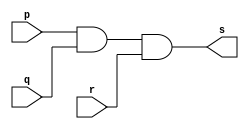
// ------------------------- 
// Exercicio0008 - AND
// Nome: Guilherme Moreira Nunes 
// ------------------------- 
// ------------------------- 
// -- and gate 
// ------------------------- 
module andgate ( output s, input p, input q, input r ); 
assign s = p & q & r; 
endmodule // andgate 
// --------------------- 
// -- test and gate 
// --------------------- 
module testandgate; 
// ------------------------- dados locais 
reg a;
reg b;
reg c; // definir registradores 
wire s; // definir conexao (fio) 
// ------------------------- instancia 
andgate AND1 (s, a, b, c);
// ------------------------- preparacao 
initial begin:start 
// atribuicao simultanea 
// dos valores iniciais 
a=0; b=0; c=0;
end 
// ------------------------- parte principal 
initial begin 
$display("Exercicio0008 - Guilherme Moreira Nunes - 408947"); 
$display("Test AND gate com 3 entradas."); 
$display("\na & b & c = s\n"); 
a=0; b=0; c=0;
$monitor("%b & %b & %b = %b", a, b, c, s); 
#1 a=0; b=0; c=1;
#1 a=0; b=1; c=0;
#1 a=0; b=1; c=1;
#1 a=1; b=0; c=0;
#1 a=1; b=0; c=1;
#1 a=1; b=1; c=0;
#1 a=1; b=1; c=1;
end 
endmodule // testandgate